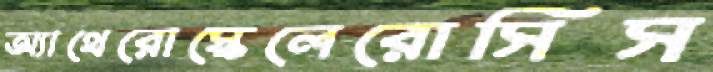
অ্যাথেরোস্কেলেরোসিস